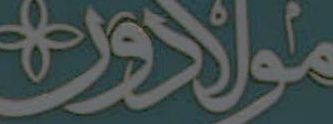
مولادوت